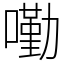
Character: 𡀣